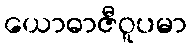
ယောဓာဇီဝူပမာ